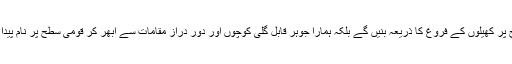
حکومت اس طرح کے عظیم الشان منصوبے مکمل کر رہی ہے جو نہ صرف علاقائی سطح پر کھیلوں کے فروغ کا ذریعہ بنیں گے بلکہ ہمارا جوہرِ قابل گلی کوچوں اور دور دراز مقامات سے ابھر کر قومی سطح پر نام پیدا کرے گا اور بالآخر کھیل کے بین الاقوامی میدانوں میں پاکستان کا پرچم سر بلند کرے گا ۔